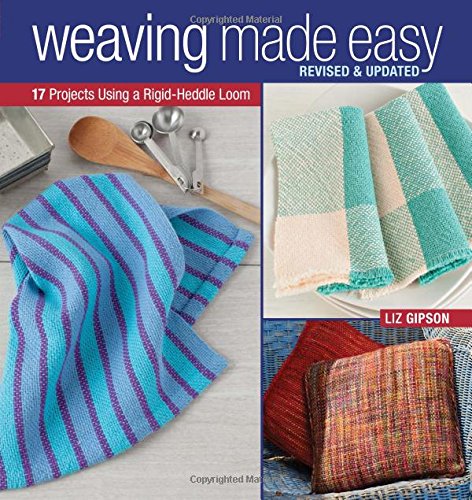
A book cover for Weaving Made Easy Revised and Updated: 17 Projects Using a Rigid-Heddle Loom; Liz Gipson; Crafts, Hobbies & Home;